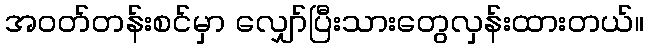
အဝတ်တန်းစင်မှာ လျှော်ပြီးသားတွေလှန်းထားတယ်။